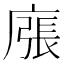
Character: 𢊜